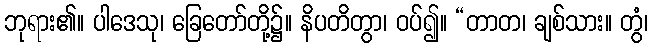
ဘုရား၏။ ပါဒေသု၊ ခြေတော်တို့၌။ နိပတိတွာ၊ ဝပ်၍။ “တာတ၊ ချစ်သား။ တွံ၊